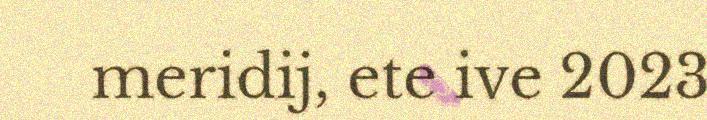
meridij, ete ive 2023